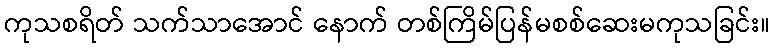
ကုသစရိတ် သက်သာအောင် နောက် တစ်ကြိမ်ပြန်မစစ်ဆေးမကုသခြင်း။